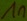
Text: 1n